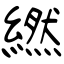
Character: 繎